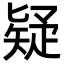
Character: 疑